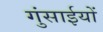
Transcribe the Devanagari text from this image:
गुंसाईयों